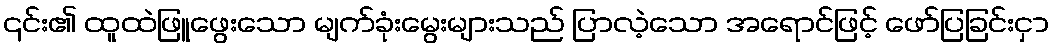
၎င်း၏ ထူထဲဖြူဖွေးသော မျက်ခုံးမွေးများသည် ပြာလဲ့သော အရောင်ဖြင့် ဖော်ပြခြင်းငှာ